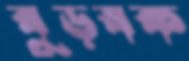
বুড়বক